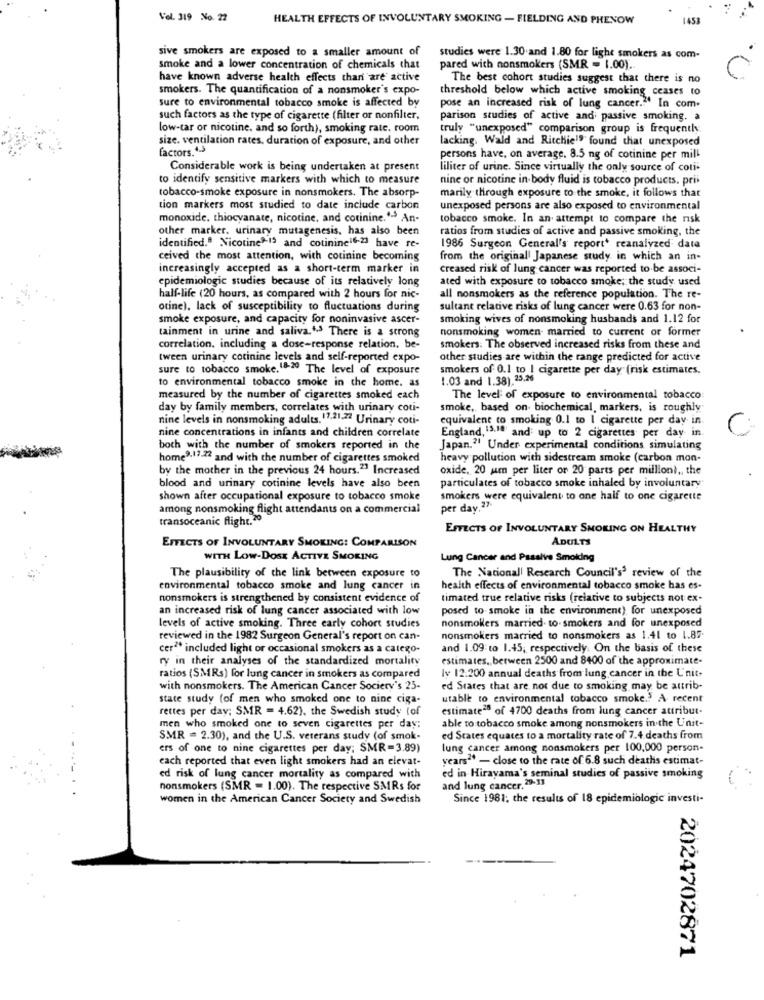
Vol. 319 No. 22
HEALTH EFFECTS OF INVOLUNTARY SMOKING - FIELDING AND PHENOW
1453
sive smokers are exposed to a smaller amount of
studies were 1.30 and 1.80 for light smokers as com-
smoke and a lower concentration of chemicals that
pared with nonsmokers (SMR = 1.00).
have known adverse health effects than are active
The best cohort studies suggest that there is no
smokers. The quantification of a nonsmoker's expo-
threshold below which active smoking ceases to
sure to environmental tobacco smoke is affected by
pose an increased risk of lung cancer."' In com.
such factors as the type of cigarette (filter or nonfilter,
parison studies of active and passive smoking. a
low-tar or nicotine, and so forth), smoking rate. room
truly "unexposed" comparison group is frequently
size. ventilation rates. duration of exposure, and other
lacking. Wald and Ritchie" found that unexposed
factors.4.5
persons have, on average, 8.5 ng of cotinine per mill
Considerable work is being undertaken at present
liliter of urine. Since virtually the only source of coti-
to identify sensitive markers with which to measure
nine or nicotine in body fluid is tobacco products. prii
tobacco-smoke exposure in nonsmokers. The absorp-
marily through exposure to the smoke, it follows that
tion markers most studied to date include carbon
unexposed persons are also exposed to environmental
monoxide, thiocyanate, nicotine, and cotinine."" An-
tobacco smoke. In an attempt to compare the risk
other marker. urinary mutagenesis, has also been
ratios from studies of active and passive smoking, the
identified.º Nicotine"-19 and cotinine 6-23 have re-
1986 Surgeon General's report* reanalyzed data
ceived the most attention, with cotinine becoming
from the original Japanese study in which an in-
increasingly accepted as a short-term marker in
creased risk of lung cancer was reported to be associ-
epidemiologic studies because of its relatively long
ated with exposure to tobacco smoke; the study used
half-life (20 hours, as compared with 2 hours for nic-
all nonsmokers as the reference population. The re-
otine), lack of susceptibility to fluctuations during
sultane relative risks of lung cancer were 0.63 for non-
smoke exposure, and capacity for noninvasive ascer-
smoking wives of nonsmoking husbands and 1.12 for
tainment in urine and saliva.13 There is a strong
nonsmoking women- married to current or former
correlation. including a dose-response relation. be-
smokers: The observed increased risks from these and
tween urinary cotinine levels and self-reported expo-
other studies are within the range predicted for active
sure to tobacco smoke. 18-20 The level of exposure
smokers of 0.1 to I cigarette per day (risk estimates.
to environmental tobacco smoke in the home. as
1.03 and 1.38).23.26
measured by the number of cigarettes smoked each
The level of exposure to environmental tobacco:
day by family members, correlates with urinary coti-
smoke, based on- biochemical, markers, is roughly
nine levels in nonsmoking adults. 17,21-22 Urinary coti-
equivalent to smoking 0.1 to 1 cigarette per day in.
nine concentrations in infants and children correlate
England, 13.14 and: up to 2 cigarettes per day in
both with the number of smokers reported in the
Japan." Under experimental conditions simulating
home9,17-22 and with the number of cigarettes smoked
heavy pollution with sidestream smoke (carbon mon-
by the mother in the previous 24 hours."" Increased
oxide, 20 um per liter or 20 parts per million) ,, the
particulates of tobacco smoke inhaled by involuntary
blood and urinary cotinine levels have also been
shown after occupational exposure to tobacco smoke
smokers were equivalent to one half to one cigarette
among nonsmoking flight attendants on a commercial
per day,27
transoceanic flight.20
EFFECTS OF INVOLUNTARY SMOKING ON HEALTHY
ADULTS
EFFECTS OF INVOLUNTARY SMOKING: COMPARISON
WITH LOW-DOSE ACTIVE SMOKING
Lung Cancer and Passive Smoking
The National Research Council's3 review of the
The plausibility of the link between exposure to
environmental tobacco smoke and lung cancer in
health effects of environmental tobacco smoke has es-
nonsmokers is strengthened by consistent evidence of
timated true relative risks (relative to subjects not ex-
an increased risk of lung cancer associated with low
posed to smoke in the environment) for unexposed
nonsmokers married. to smokers and for unexposed
levels of active smoking. Three early cohort studies
reviewed in the 1982 Surgeon General's report on can-
nonsmokers married to nonsmokers as 1.41 to 1.87-
cer2* included light or occasional smokers as a catego-
and 1.09 to 1.45, respectively. On the basis of these
ry in their analyses of the standardized mortality
estimates, between 2500 and 8400 of the approximate-
ratios (SMRs) for lung cancer in smokers as compared
Iv 12.200 annual deaths from lung cancer in the L'nit-
with nonsmokers. The American Cancer Society's 25-
ed States that are not due to smoking may be attrib-
state study (of men who smoked one to nine ciga-
utable to environmental tobacco smoke .. A recent
rettes per day; SMR = 4.62), the Swedish study (of
estimates of 4700 deaths from lung cancer attribut-
men who smoked one to seven cigarettes per day:
able to tobacco smoke among nonsmokers in the Unit-
SMR = 2.30), and the U.S. veterans study (of smok-
ed States equates to a mortality rate of 7.4 deaths from
ers of one to nine cigarettes per day; SMR=3.89)
lung cancer among nonsmokers per 100,000 person-
each reported that even light smokers had an elevat-
years" - close to the rate of 6.8 such deaths estimat-
ed risk of lung cancer mortality as compared with
ed in Hirayama's seminal studies of passive smoking
nonsmokers (SMR = 1.00). The respective SMRs for
and lung cancer, 29-33
women in the American Cancer Society and Swedish
Since 1981; the results of 18 epidemiologic investi-
2024702871